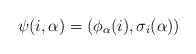
LaTeX: \begin{align*}\psi(i,\alpha)=(\phi_{\alpha}(i),\sigma_i(\alpha))\end{align*}